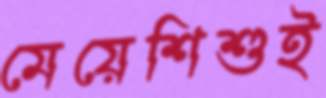
মেয়েশিশুই